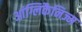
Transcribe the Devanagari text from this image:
आंग्लिकैनिज्म